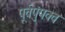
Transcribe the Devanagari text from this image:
पूर्वपुंपक्व